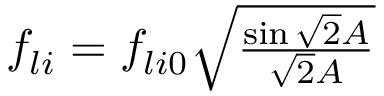
\begin{array} { r } { f _ { l i } = f _ { l i 0 } \sqrt { \frac { \sin \sqrt { 2 } A } { \sqrt { 2 } A } } } \end{array}